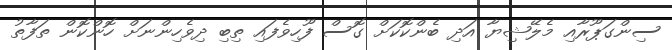
ސިންގަޕޫރާއި މެލޭޝިޔާ އަދި ބެންކޮކަށް ގޮސް ފޫހިވެފައި ތިބި ދިވެހިންނަށް ހޮންކޮން ތަފާތު